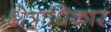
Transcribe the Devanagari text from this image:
क्ष्‍ोत्राधिकार